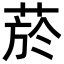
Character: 菸